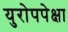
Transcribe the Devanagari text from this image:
युरोपपेक्षा